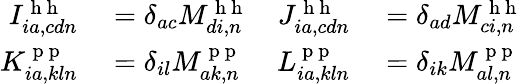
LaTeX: \begin{array}{rlrl}{I_{ia,cdn}^{\mathrm{~h~h~}}}&{{}=\delta_{ac}M_{di,n}^{\mathrm{~h~h~}}}&{J_{ia,cdn}^{\mathrm{~h~h~}}}&{{}=\delta_{ad}M_{ci,n}^{\mathrm{~h~h~}}}\\ {K_{ia,kln}^{\mathrm{~p~p~}}}&{{}=\delta_{il}M_{ak,n}^{\mathrm{~p~p~}}}&{L_{ia,kln}^{\mathrm{~p~p~}}}&{{}=\delta_{ik}M_{al,n}^{\mathrm{~p~p~}}}\end{array}